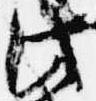
此